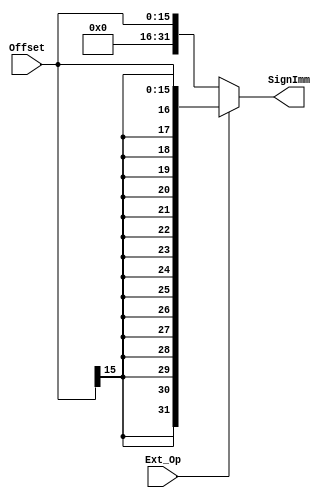
`timescale 1ns / 1ps
//////////////////////////////////////////////////////////////////////////////////
// Company: 
// Engineer: 
// 
// Design Name: 
// Module Name:    D_EXT 
// Project Name: 
// Target Devices: 
// Tool versions: 
// Description: 
//
// Dependencies: 
//
// Revision: 
// Revision 0.01 - File Created
// Additional Comments: 
//
//////////////////////////////////////////////////////////////////////////////////
module D_EXT(
    input [15:0] Offset,
    input Ext_Op,
    output [31:0] SignImm
    );

    assign SignImm = (Ext_Op == 0) ? {16'b0,Offset[15:0]} : {{16{Offset[15]}},Offset[15:0]};

endmodule